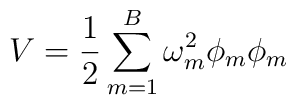
V = \frac{1}{2} \sum_{m=1}^{B} \omega^{2}_{m} \phi_{m} \phi_{m}